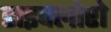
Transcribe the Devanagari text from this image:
डाइक्लोरो